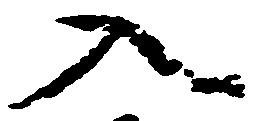
入